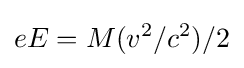
eE=M(v^{2}/c^{2})/2